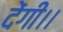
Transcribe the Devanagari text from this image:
देंगी।।